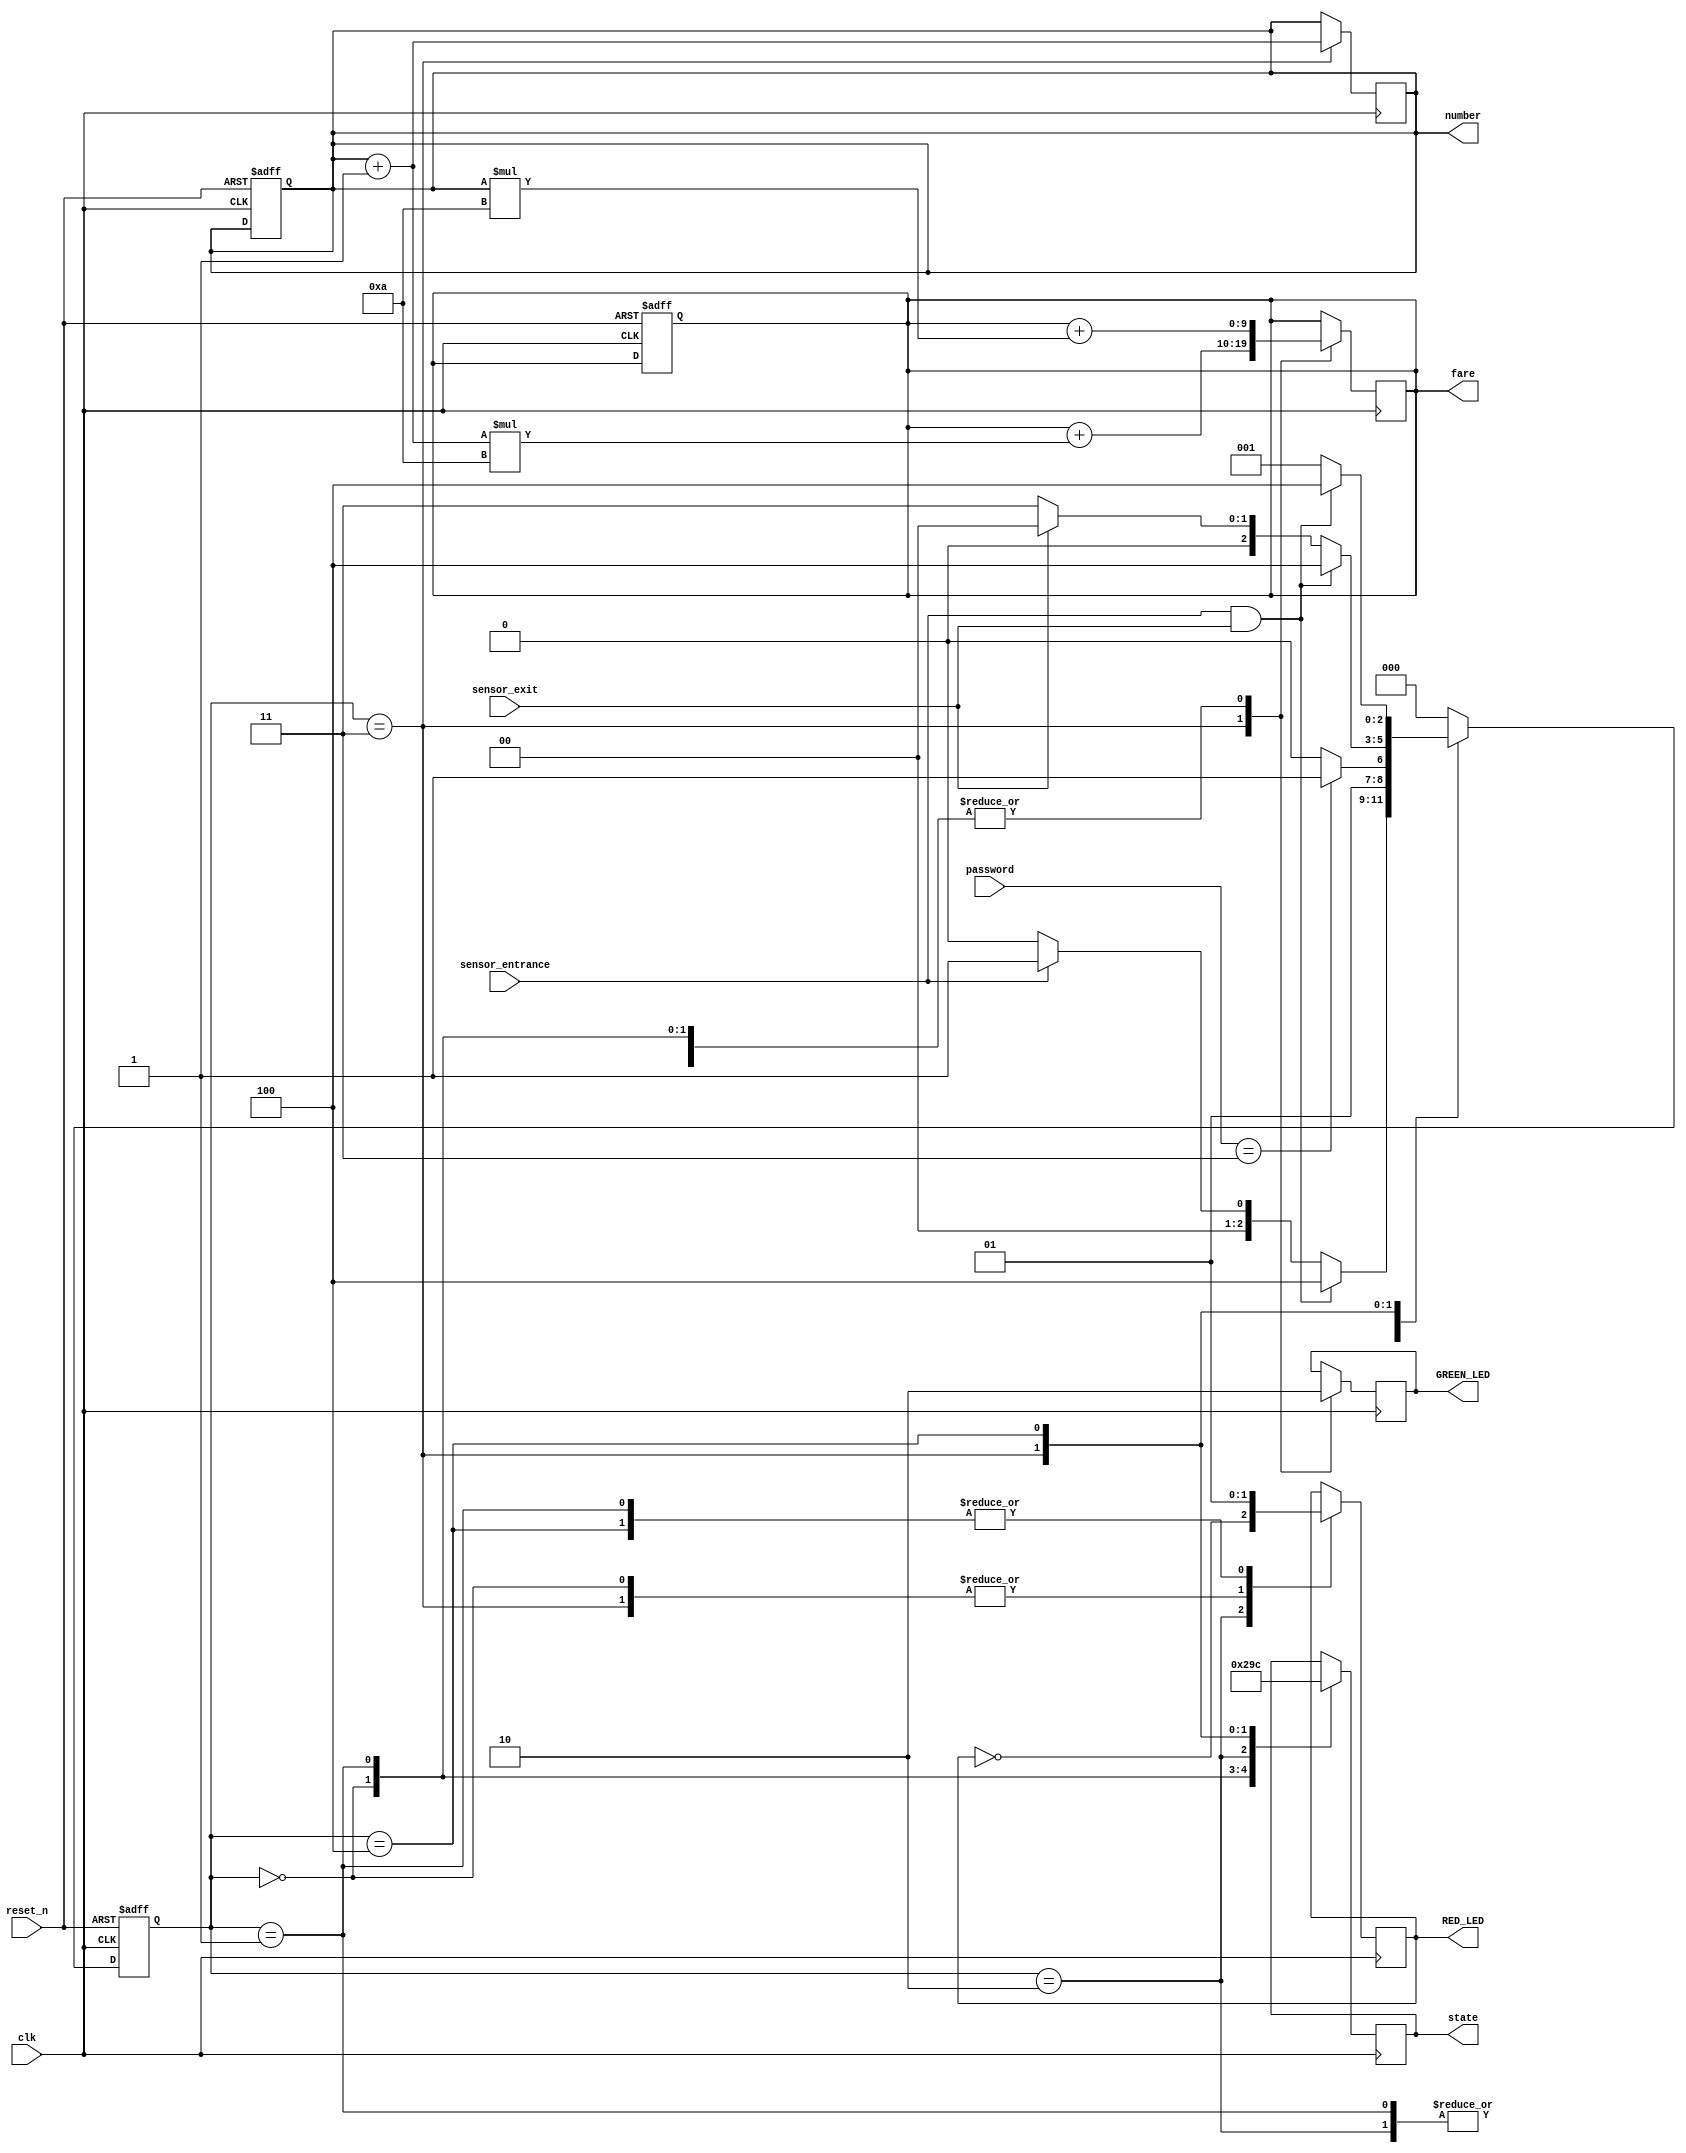
//Name : Jyoti Dhiman
//Entry Number : 2020CSB1092
//Car Parking System design
//Code your design here
`timescale 1ns / 1ps
module parking_system( 
 input clk, reset_n,
 input sensor_entrance, sensor_exit, 
 input[1:0] password,
 output wire GREEN_LED, RED_LED, 
 output reg[2:0] state,
 output reg[3:0] number,
 output reg[9:0] fare
 );
 parameter IDLE = 3'b000, WAIT_PASSWORD=3'b001, WRONG_PASS=3'b010, RIGHT_PASS=3'b011, STOP = 3'b100;
 reg[2:0] current_state, next_state;
 //reg[31:0] counter_wait;
 reg red_tmp,green_tmp;
  
  initial begin
   current_state = IDLE;
   number=4'b0000;
   fare=10'b0000000000;
  end

  always @(posedge clk or posedge reset_n)
   begin
    if(reset_n)
     begin
      current_state = IDLE;
      number=4'b0000;
      fare=10'b0000000000;
     end
    else
     begin
      current_state = next_state;      
     end
   end
 
 //State Interconnections...
 always @(*)
   begin
    case(current_state)
     IDLE: 
       begin
        if(sensor_entrance==1 && sensor_exit==1)
 		 next_state = STOP;
   		else if(sensor_entrance==1)
 		 next_state = WAIT_PASSWORD;
   		else
     	 next_state = IDLE;
 	   end
     WAIT_PASSWORD: 
      begin
 		//if(counter_wait <= 3)
 		 //next_state = WAIT_PASSWORD;
 		//else 
          if((password==2'b11))
		   next_state = RIGHT_PASS;
		  else
		   next_state = WRONG_PASS;
	   end
 	 WRONG_PASS: 
       begin
        if(password==2'b11)
 		 next_state = RIGHT_PASS;
 		else
		 next_state = WRONG_PASS;
	   end
     RIGHT_PASS: 
       begin
		if(sensor_entrance==1 && sensor_exit==1)
		 next_state = STOP;
		else if(sensor_exit==1)
		 next_state = IDLE;
		else
		 next_state = RIGHT_PASS;
		end
     STOP: 
       begin
		 if(sensor_entrance==1 && sensor_exit==1)
		  next_state = STOP;
		 else
 		  next_state = WAIT_PASSWORD;
 	   end
     default: next_state = IDLE;
    endcase
   end
 
 //Description of States
 always @(posedge clk) 
   begin 
     case(current_state)
 	 IDLE: 
     begin
 	  green_tmp = 1'b0;
 	  red_tmp = 1'b0;
 	  state = 3'b000; 
       fare = fare + (number*(4'b1010));
     end
     WAIT_PASSWORD: 
     begin
	  green_tmp = 1'b0;
	  red_tmp = 1'b1;
	  state = 3'b001;
       fare = fare + (number*(4'b1010));
     end
	 WRONG_PASS: 
     begin
	  green_tmp = 1'b0;
	  red_tmp = ~red_tmp;
	  state = 3'b010;  
       fare = fare + (number*(4'b1010));
	 end
	 RIGHT_PASS: 
     begin
	  green_tmp = 1'b1;
	  red_tmp = 1'b0;
	  state = 3'b011;
      number = number+4'b0001;
       fare = fare + (number*(4'b1010));
	 end
     STOP: 
     begin
	  green_tmp = 1'b0;
	  red_tmp = 1'b1;
	  state = 3'b100; 
      fare = fare + (number*(4'b1010));
     end
   endcase
 end
 assign RED_LED = red_tmp;
 assign GREEN_LED = green_tmp;
  
endmodule